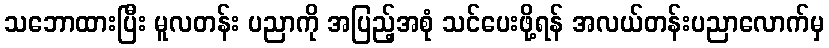
သဘောထားပြီး မူလတန်း ပညာကို အပြည့်အစုံ သင်ပေးဖို့ရန် အလယ်တန်းပညာလောက်မှ